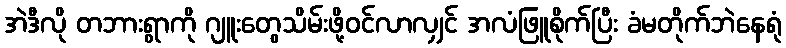
အဲဒီလို တဘားရွာကို ဂျူးတွေသိမ်းဖို့ဝင်လာလျှင် အလံဖြူစိုက်ပြီး ခံမတိုက်ဘဲနေရုံ